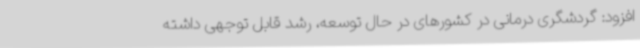
افزود: گردشگری درمانی در کشورهای در حال توسعه، رشد قابل توجهی داشته